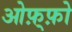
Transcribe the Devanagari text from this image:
ओफ़्फ़ो